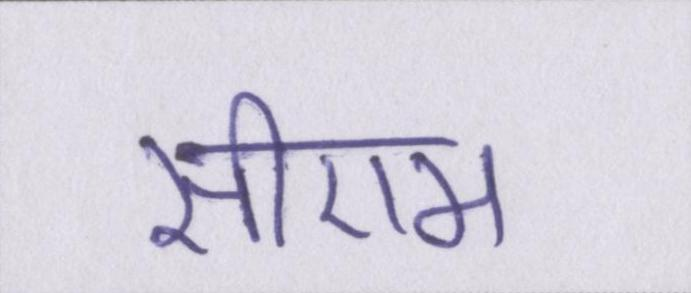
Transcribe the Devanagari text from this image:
सीएम